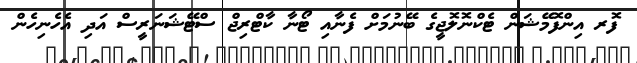
ފޮރ އިންފޮމޭޝަން ޓެކްނޮލޮޖީގެ ބޭނުމަށް ފެނާއި ޓޯނާ ކާޓްރިޖް ސްޓޭޝަނަރީސް އަދި އެހެނިހެން